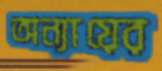
অন্যায়ের